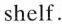
shelf.